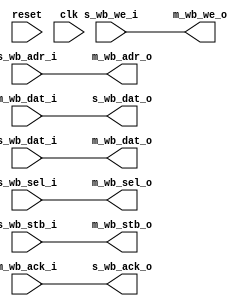
// ---------------------------------------------------------------------------
//  Jelly  -- The platform for real-time computing
//
//                                 Copyright (C) 2008-2015 by Ryuji Fuchikami
//                                 https://github.com/ryuz/jelly.git
// ---------------------------------------------------------------------------



`timescale 1ns / 1ps
`default_nettype none


// wishbone bridge
module jelly_wishbone_bridge
        #(
            parameter   WB_ADR_WIDTH  = 30,
            parameter   WB_DAT_WIDTH  = 32,
            parameter   WB_SEL_WIDTH  = (WB_DAT_WIDTH / 8),
            parameter   THROUGH       = 1,
            parameter   MASTER_FF     = 0,
            parameter   SLAVE_FF      = !THROUGH
        )
        (
            // system
            input   wire                        reset,
            input   wire                        clk,
            
            // slave port
            input   wire    [WB_ADR_WIDTH-1:0]  s_wb_adr_i,
            output  wire    [WB_DAT_WIDTH-1:0]  s_wb_dat_o,
            input   wire    [WB_DAT_WIDTH-1:0]  s_wb_dat_i,
            input   wire                        s_wb_we_i,
            input   wire    [WB_SEL_WIDTH-1:0]  s_wb_sel_i,
            input   wire                        s_wb_stb_i,
            output  wire                        s_wb_ack_o,
            
            // master port
            output  wire    [WB_ADR_WIDTH-1:0]  m_wb_adr_o,
            input   wire    [WB_DAT_WIDTH-1:0]  m_wb_dat_i,
            output  wire    [WB_DAT_WIDTH-1:0]  m_wb_dat_o,
            output  wire                        m_wb_we_o,
            output  wire    [WB_SEL_WIDTH-1:0]  m_wb_sel_o,
            output  wire                        m_wb_stb_o,
            input   wire                        m_wb_ack_i
        );
    
    // temporary
    wire    [WB_ADR_WIDTH-1:0]  wb_tmp_adr_o;
    wire    [WB_DAT_WIDTH-1:0]  wb_tmp_dat_i;
    wire    [WB_DAT_WIDTH-1:0]  wb_tmp_dat_o;
    wire                        wb_tmp_we_o;
    wire    [WB_SEL_WIDTH-1:0]  wb_tmp_sel_o;
    wire                        wb_tmp_stb_o;
    wire                        wb_tmp_ack_i;
    
    
    // slave port
    generate
    if ( SLAVE_FF ) begin
        // insert FF
        reg     [WB_DAT_WIDTH-1:0]  reg_s_dat_o;
        reg                         reg_s_ack_o;
        always @ ( posedge clk ) begin
            if ( reset ) begin
                reg_s_dat_o  <= {WB_DAT_WIDTH{1'bx}};
                reg_s_ack_o  <= 1'b0;
            end
            else begin
                reg_s_dat_o  <= wb_tmp_dat_i;
                reg_s_ack_o  <= wb_tmp_stb_o & wb_tmp_ack_i;
            end
        end
        
        assign wb_tmp_adr_o = s_wb_adr_i;
        assign wb_tmp_dat_o = s_wb_dat_i;
        assign wb_tmp_we_o  = s_wb_we_i;
        assign wb_tmp_sel_o = s_wb_sel_i;
        assign wb_tmp_stb_o = s_wb_stb_i & !reg_s_ack_o;
        
        assign s_wb_dat_o   = reg_s_dat_o;
        assign s_wb_ack_o   = reg_s_ack_o;
    end
    else begin
        // through
        assign wb_tmp_adr_o = s_wb_adr_i;
        assign wb_tmp_dat_o = s_wb_dat_i;
        assign wb_tmp_we_o  = s_wb_we_i;
        assign wb_tmp_sel_o = s_wb_sel_i;
        assign wb_tmp_stb_o = s_wb_stb_i;
        
        assign s_wb_dat_o   = wb_tmp_dat_i;
        assign s_wb_ack_o   = wb_tmp_ack_i;
    end
    endgenerate
    
    
    // master port
    generate
    if ( MASTER_FF ) begin
        // insert FF
        reg     [WB_ADR_WIDTH-1:0]  reg_m_adr_o;
        reg     [WB_DAT_WIDTH-1:0]  reg_m_dat_o;
        reg                         reg_m_we_o;
        reg     [WB_SEL_WIDTH-1:0]  reg_m_sel_o;
        reg                         reg_m_stb_o;
        always @ ( posedge clk ) begin
            if ( reset ) begin
                reg_m_adr_o <= {WB_ADR_WIDTH{1'bx}};
                reg_m_dat_o <= {WB_DAT_WIDTH{1'bx}};
                reg_m_we_o  <= 1'bx;
                reg_m_sel_o <= {WB_SEL_WIDTH{1'bx}};
                reg_m_stb_o <= 1'b0;
            end
            else begin
                reg_m_adr_o <= wb_tmp_adr_o;
                reg_m_dat_o <= wb_tmp_dat_o;
                reg_m_we_o  <= wb_tmp_we_o;
                reg_m_sel_o <= wb_tmp_sel_o;
                reg_m_stb_o <= wb_tmp_stb_o & !(reg_m_stb_o & wb_tmp_ack_i);
            end
        end
        
        assign m_wb_adr_o   = reg_m_adr_o;
        assign m_wb_dat_o   = reg_m_dat_o;
        assign m_wb_we_o    = reg_m_we_o;
        assign m_wb_sel_o   = reg_m_sel_o;
        assign m_wb_stb_o   = reg_m_stb_o;
        
        assign wb_tmp_dat_i = m_wb_dat_i;
        assign wb_tmp_ack_i = m_wb_ack_i;
    end
    else begin
        // through
        assign m_wb_adr_o   = wb_tmp_adr_o;
        assign m_wb_dat_o   = wb_tmp_dat_o;
        assign m_wb_we_o    = wb_tmp_we_o;
        assign m_wb_sel_o   = wb_tmp_sel_o;
        assign m_wb_stb_o   = wb_tmp_stb_o;
                      
        assign wb_tmp_dat_i = m_wb_dat_i;
        assign wb_tmp_ack_i = m_wb_ack_i;
    end
    endgenerate
    
    /*
    generate
    if ( THROUGH ) begin
        assign m_wb_adr_o = s_wb_adr_i;
        assign s_wb_dat_o  = m_wb_dat_i;
        assign m_wb_dat_o = s_wb_dat_i;
        assign m_wb_we_o  = s_wb_we_i;
        assign m_wb_sel_o = s_wb_sel_i;
        assign m_wb_stb_o = s_wb_stb_i;
        assign s_wb_ack_o  = m_wb_ack_i;
    end
    else begin
        reg     [WB_DAT_WIDTH-1:0]  reg_s_dat_o;
        reg                         reg_s_ack_o;
        
        reg                         reg_m_read;
        reg     [WB_ADR_WIDTH-1:0]  reg_m_adr_o;
        reg     [WB_DAT_WIDTH-1:0]  reg_m_dat_o;
        reg                         reg_m_we_o;
        reg     [WB_SEL_WIDTH-1:0]  reg_m_sel_o;
        reg                         reg_m_stb_o;
        
        always @ ( posedge clk ) begin
            if ( reset ) begin
                reg_s_dat_o  <= {WB_DAT_WIDTH{1'bx}};
                reg_s_ack_o  <= 1'b0;
                
                reg_m_adr_o <= {WB_ADR_WIDTH{1'bx}};
                reg_m_dat_o <= {WB_DAT_WIDTH{1'bx}};
                reg_m_we_o  <= 1'bx;
                reg_m_sel_o <= {WB_SEL_WIDTH{1'b0}};
                reg_m_stb_o <= 1'b0;
                reg_m_read  <= 1'b0;
            end
            else begin
                if ( !m_wb_stb_o | m_wb_ack_i ) begin
                    reg_m_adr_o <= s_wb_adr_i;
                    reg_m_dat_o <= s_wb_dat_i;
                    reg_m_we_o  <= s_wb_we_i;
                    reg_m_sel_o <= s_wb_sel_i;
                    reg_m_stb_o <= s_wb_stb_i & !reg_s_ack_o;
                end
                
                reg_s_data_o <= m_wb_dat_i;
                reg_s_ack_o  <= m_wb_ack_i;
            end
        end
        
        assign s_wb_dat_o  = reg_s_dat_o;
        assign s_wb_ack_o  = reg_s_ack_o;
        
        assign m_wb_adr_o = reg_m_adr_o;
        assign m_wb_dat_o = reg_m_dat_o;
        assign m_wb_we_o  = reg_m_we_o;
        assign m_wb_sel_o = reg_m_sel_o;
        assign m_wb_stb_o = reg_m_stb_o;
    end
    endgenerate
    */
    
endmodule



`default_nettype wire


// end of file